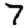
Digit: 7